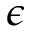
\epsilon